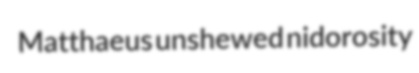
Matthaeus unshewed nidorosity